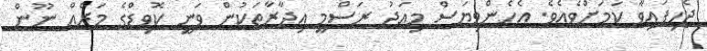
ޖެހިފައިވާ ކަމަށްވެއެވެ. އެހެންވިޔަސް މިއަދު ރަސްމީ އިދާރާތަކުން ވަނީ ކޮވިޑްގެ މަރެއް ނޫން